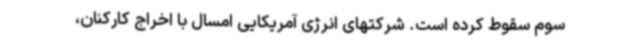
سوم سقوط کرده است. شرکتهای انرژی آمریکایی امسال با اخراج کارکنان،